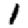
Digit: 1